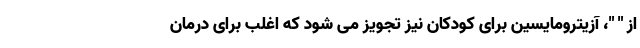
از " "، آزیترومایسین برای کودکان نیز تجویز می شود که اغلب برای درمان